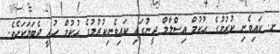
ށ. ކައިވެނި ކުރުމުގެ ޙުކުމް އިސްލާމް ދީނުގައި ކައިވެނިކުރުމުގެ ޙުކުމް ހުރީ ދެބަޔަކަށެވެ.